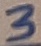
Text: 3